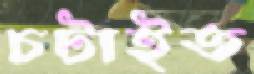
চটাইত